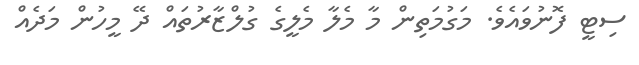
ސިޓީ ފޮނުވައެވެ. މަގުމަތިން މާ މެލާ މެލީގެ ގުލްޒާރުތައް ދޭ މީހުން މަދެއް